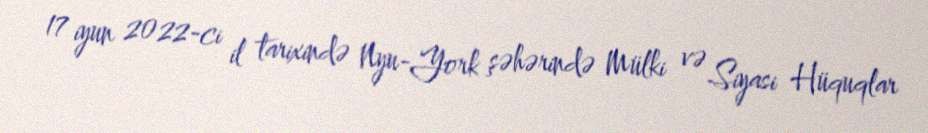
17 iyun 2022-ci il tarixində Nyu-York şəhərində Mülki və Siyasi Hüquqlar